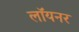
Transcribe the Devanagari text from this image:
लॉयनर